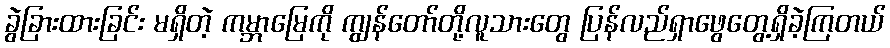
ခွဲခြားထားခြင်း မရှိတဲ့ ကမ္ဘာမြေကို ကျွန်တော်တို့လူသားတွေ ပြန်လည်ရှာဖွေတွေ့ရှိခဲ့ကြတယ်